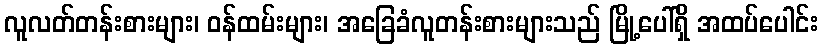
လူလတ်တန်းစားများ၊ ဝန်ထမ်းများ၊ အခြေခံလူတန်းစားများသည် မြို့ပေါ်ရှိ အထပ်ပေါင်း